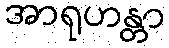
အာရုဟန္တာ